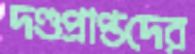
দণ্ডপ্রাপ্তদের